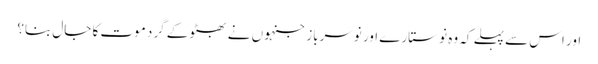
اور اس سے پہلے کہ وہ نو ستارے اور نوسرباز جنہوں نے بھٹو کے گرد موت کا جال بنا؟